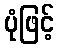
ပုံဖြင့်